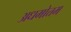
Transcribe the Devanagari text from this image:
अधमोत्तम